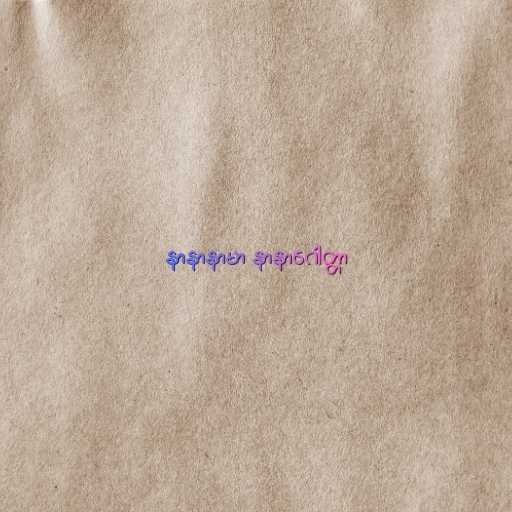
နာနာနာမာ နာနာဂေါတ္တာ